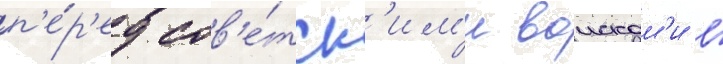
п'е́р'ед сов'е́тск'им'и воискам'и в